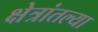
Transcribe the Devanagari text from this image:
क्षेत्रांतल्या